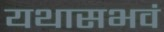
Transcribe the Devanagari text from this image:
यथासभवं